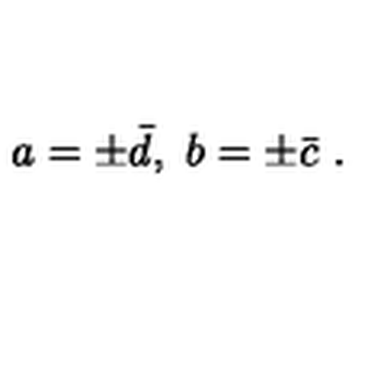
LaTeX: a = \pm \bar { d } , \ b = \pm \bar { c } \ .